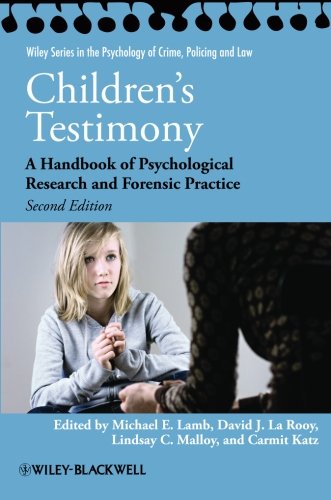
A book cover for Children's Testimony: A Handbook of Psychological Research and Forensic Practice; Law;